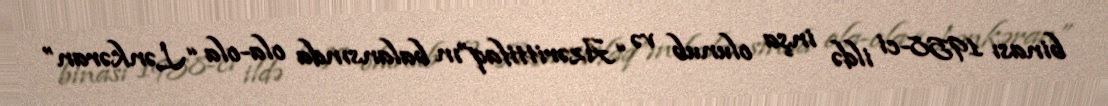
binası 1958-ci ildə inşa olunub və “Azərittifaq”ın balansında ola-ola “Lənkəran”